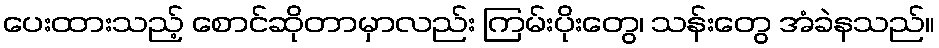
ပေးထားသည့် စောင်ဆိုတာမှာလည်း ကြမ်းပိုးတွေ၊ သန်းတွေ အံခဲနသည်။